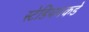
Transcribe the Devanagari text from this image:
स्टेडियमकडे